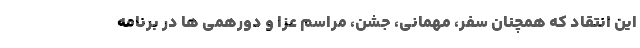
این انتقاد که همچنان سفر، مهمانی، جشن، مراسم عزا و دورهمی ها در برنامه